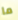
ما